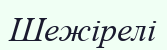
Шежірелі